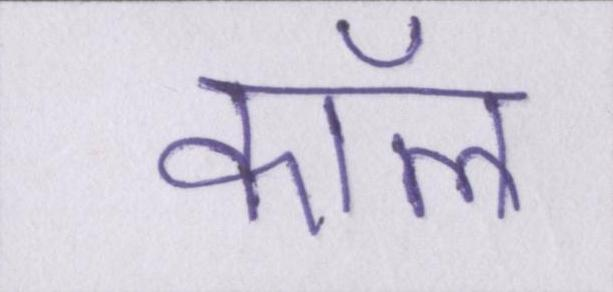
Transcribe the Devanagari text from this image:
कॉल